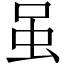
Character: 虽